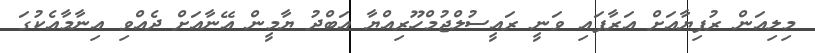
މިލިއަން ރުފިޔާއަށް އަރާފައި ވަނީ ރައީސުލްޖުމްހޫރިއްޔާ އަބްދު ޔާމީން އޭނާއަށް ދެއްވި އިނާމާއެކުގަ